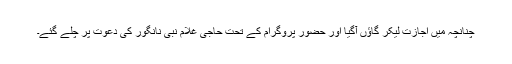
چنانچہ میں اجازت لیکر گاؤں آگیا اور حضور پروگرام کے تحت حاجی غلام نبی نانگور کی دعوت پر چلے گئے۔